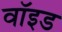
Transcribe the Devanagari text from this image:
वाॅइड